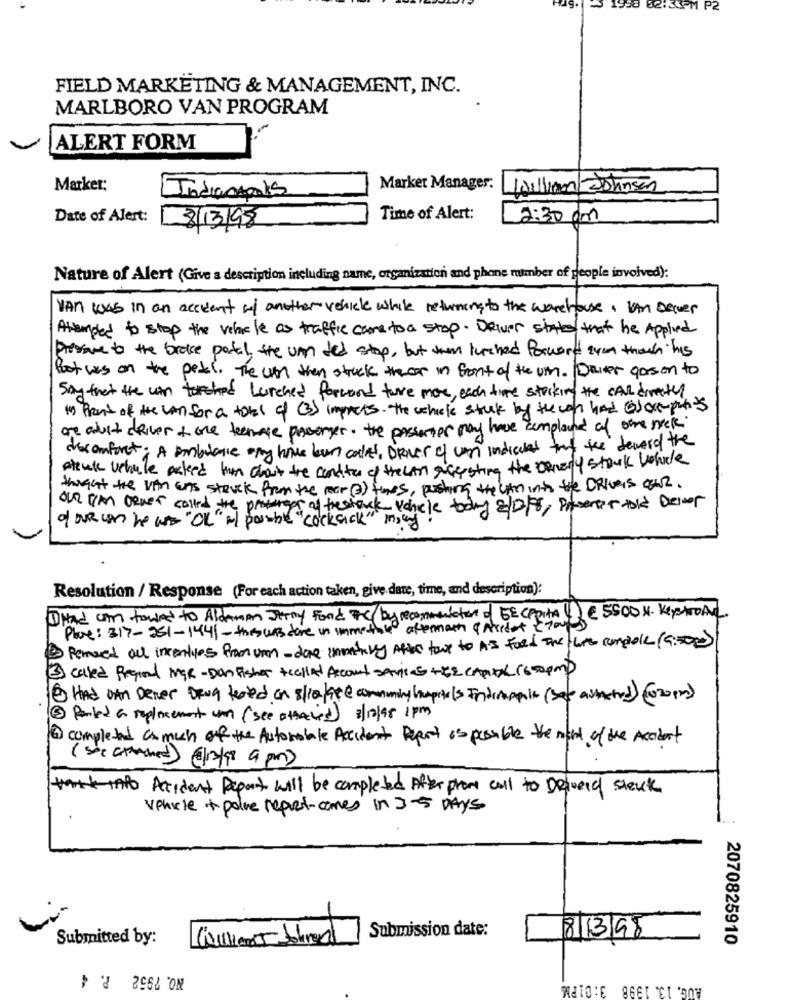
1938 82:35PM P2
FIELD MARKETING & MANAGEMENT, INC.
MARLBORO VAN PROGRAM
ALERT FORM
Marker:
Market Manager:
Wiliam 2Dhansen
Indianapolis
Date of Alert:
Time of Alert:
2:30 pm
3/13/98
Nature of Alert (Give a description including name, organization and phane mimber of people involved):
Van kas in an accident of another vehicle while returning to the warehouse. IAM Decver
Attempted to stop the vehicle as traffic came to a stop. Driver states that he Applied
Prepare to the broke portal, the un det stop, but then lurched forword zyon thank his
Boot was on the petal. The un then struck thecar in front of the um. Dover gason to
Say that the un torched Lurched formand ture more, each time stocking the call dimate
I front of the confor a total of (3) impacts. The vehicle struck by the con had Gar-punts
are adult driver + one teamase personer. the passenger may have complained of one mek
decomfort: A Ambulance any have been called, Driver of con indicates that the deverd the
steak vehule asked him about the condita of the LAN ancesting the Denary stock Volude
thought the vin Ens stevek from the rear (@) times, pushing the uten into the DRIVEIS Our .
OUR IM genes called the proteger of thestack Vehicle today 8/10/8, Presenter tok Dever
of OUR can he was "OL" al poche "cocksick" many
Resolution / Response (For each action taken, give date, time, and description):
I Had can towed to Aldaman Jerry Fond De (by recommendation of DE Capita 1) @ 5500 H . KeystroAT
Place: 317-251-1441 - thiswas done in immediate aftermath astridat & Tours
2Removed all incenties from um - done inmity Afec have to A'S Food The twins console (9:50)
3) called Pequod MGR - Dan Fisher +called Account SAvis +52 CAPITAL 1650pm)
8 HAd VAN Dever DRUG tered on 8/lakate community humpotels IndinAmic (sap auAted) (020 mm)
3 Parked a replacement un (see attalie) 3/12/98 1pm
@ completed as much of the Automobile Accident Report is possible the most of the Accident
Acident Report will be completed After phone call to Delved stente
Vehicle + polve report-comes in 3-5 DAYS
Submission date:
Submitted by:
8/3/98
2070825910
NO. 7952 P. 4
AUG. 13. 1398 3:01PM